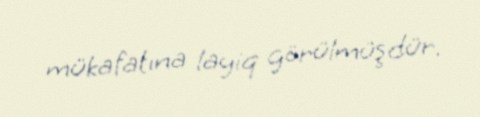
mükafatına layiq görülmüşdür.